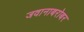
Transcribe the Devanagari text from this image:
जवानाबरोबर